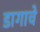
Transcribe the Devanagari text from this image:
डागाचे